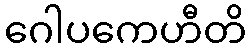
ဂေါပကေဟီတိ